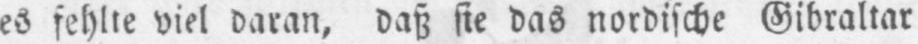
es fehlte viel daran, daß sie das nordische Gibraltar